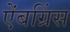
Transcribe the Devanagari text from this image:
ऐंबग्रिंस